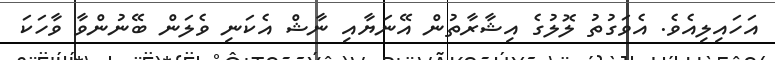
އަހައިލިއެވެ. އެވަގުތު ލޮލުގެ އިޝާރާތުން އޭނަޔާއި ނާޝް އެކަނި ވެލަން ބޭނުންވާ ވާހަކަ